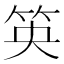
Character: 䇦